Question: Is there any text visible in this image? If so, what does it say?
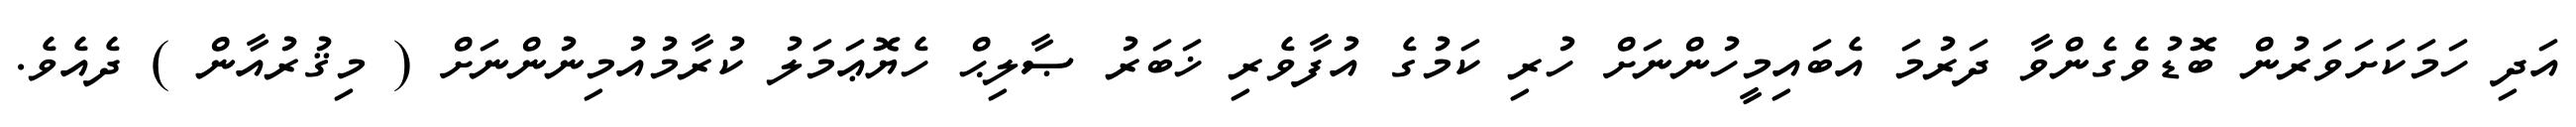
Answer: އަދި ހަމަކަށަވަރުން ބޮޑުވެގެންވާ ދަރުމަ އެބައިމީހުންނަށް ހުރި ކަމުގެ އުފާވެރި ޚަބަރު ޞާލިޙް ހެޔޮޢަމަލު ކުރާމުއުމިނުންނަށް ( މިޤުރުއާން ) ދެއެވެ.